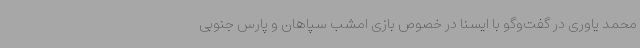
محمد یاوری در گفت‌وگو با ایسنا در خصوص بازی امشب سپاهان و پارس جنوبی